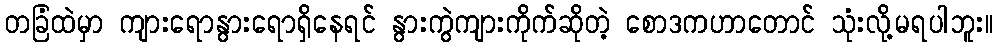
တခြံထဲမှာ ကျားရောနွားရောရှိနေရင် နွားကွဲကျားကိုက်ဆိုတဲ့ စောဒကဟာတောင် သုံးလို့မရပါဘူး။